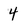
Character: 4